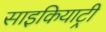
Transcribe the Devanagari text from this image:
साइकियाट्री